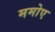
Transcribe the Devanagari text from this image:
ममोए